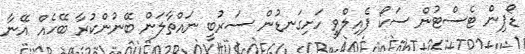
ޑޯޕިން ޓެސްޓުން ސަކޯ ފެއިލްވީ ހަށިގަނޑުން ސަރުބީ ނައްތާލަން ބޭނުންކުރާ ބޭހެއް އޭނާ